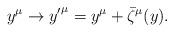
LaTeX: \begin{align*}y^{\mu} \to {y'}^{\mu} = y^{\mu}+\bar{\zeta}^{\mu}(y).\end{align*}